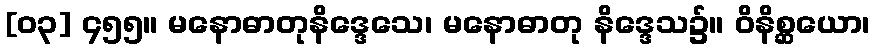
[၀၃] ၄၅၅။ မနောဓာတုနိဒ္ဒေသေ၊ မနောဓာတု နိဒ္ဒေသ၌။ ဝိနိစ္ဆယော၊